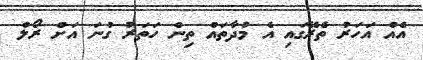
އެއް އަހަރު ތެރޭގައި އެ މުދާތައް ތިން ހަތަރު ގުނަ އަށް ރޯލް